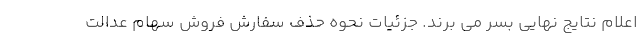
اعلام نتایج نهایی بسر می برند. جزئیات نحوه حذف سفارش فروش سهام عدالت